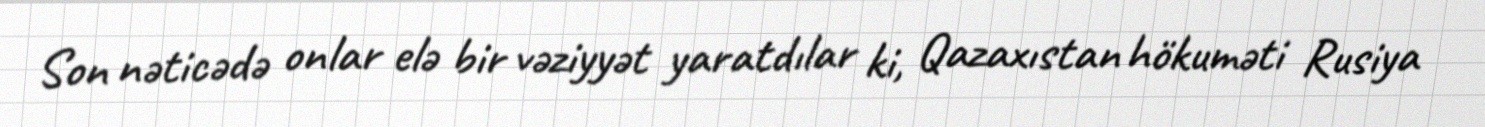
Son nəticədə onlar elə bir vəziyyət yaratdılar ki, Qazaxıstan hökuməti Rusiya